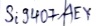
Text: Si9407AEY